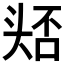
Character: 𭑛